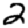
Digit: 2